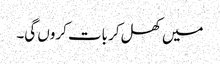
میں کھل کر بات کروں گی۔